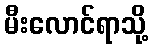
မီးလောင်ရာသို့